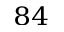
^ { 8 4 }